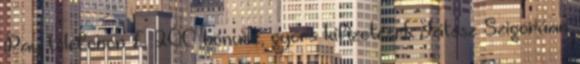
Pay telefonon £ 200 bónusz, gyors kifizetések Játssz Szigorúan